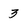
Character: 3